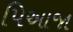
પિઆજા